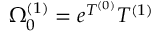
\Omega _ { 0 } ^ { ( 1 ) } = e ^ { T ^ { ( 0 ) } } T ^ { ( 1 ) }